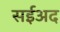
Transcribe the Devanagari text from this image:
सईअद